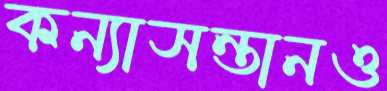
কন্যাসন্তানও